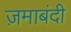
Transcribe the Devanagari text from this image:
ज़माबंदी